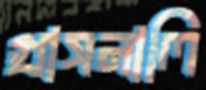
গ্রাসনালি